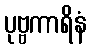
ပုဗ္ဗကာရိနံ